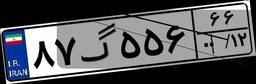
۸۷گ۵۵۶۶۶